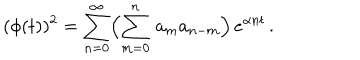
LaTeX: ( \phi ( t ) ) ^ { 2 } = \sum _ { n = 0 } ^ { \infty } \Bigl ( \sum _ { m = 0 } ^ { n } \, a _ { m } a _ { n - m } \Bigr ) \, e ^ { \alpha n t } \, .